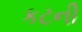
કટની